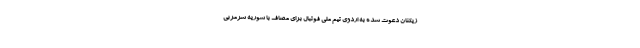
زیکنان دعوت شده به اردوی تیم ملی فوتبال برای مصاف با سوریه سرمربی